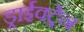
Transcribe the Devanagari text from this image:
ड्राईवट्रेन